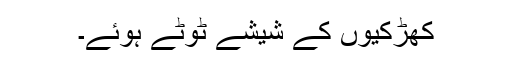
کھڑکیوں کے شیشے ٹوٹے ہوئے۔